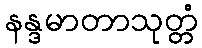
နန္ဒမာတာသုတ္တံ